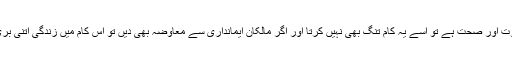
اگر کسی میں قوت اور صحت ہے تو اسے یہ کام تنگ بھی نہیں کرتا اور اگر مالکان ایمانداری سے معاوضہ بھی دیں تو اس کام میں زندگی اتنی بری نہیں گزرتی ۔